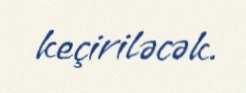
keçiriləcək.